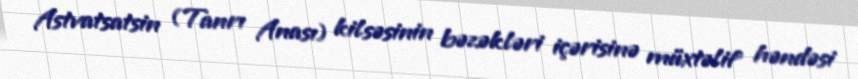
Astvatsatsin (Tanrı Anası) kilsəsinin bəzəkləri içərisinə müxtəlif həndəsi